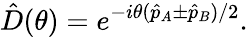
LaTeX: \hat{D}(\theta)=e^{-i\theta(\hat{p}_{A}\pm\hat{p}_{B})/2}.